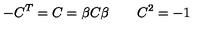
- C ^ { T } = C = \beta C \beta \qquad C ^ { 2 } = - 1